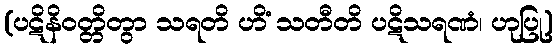
(ပဋိနိဝတ္တိတွာ သရတိ ဟိံ သတီတိ ပဋိသရဏံ၊ ဟုပြု)